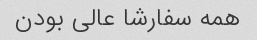
همه سفارشا عالی بودن